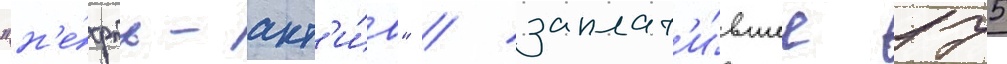
"н'е́фть-акт'и́в" / заплат'и́вшее 175